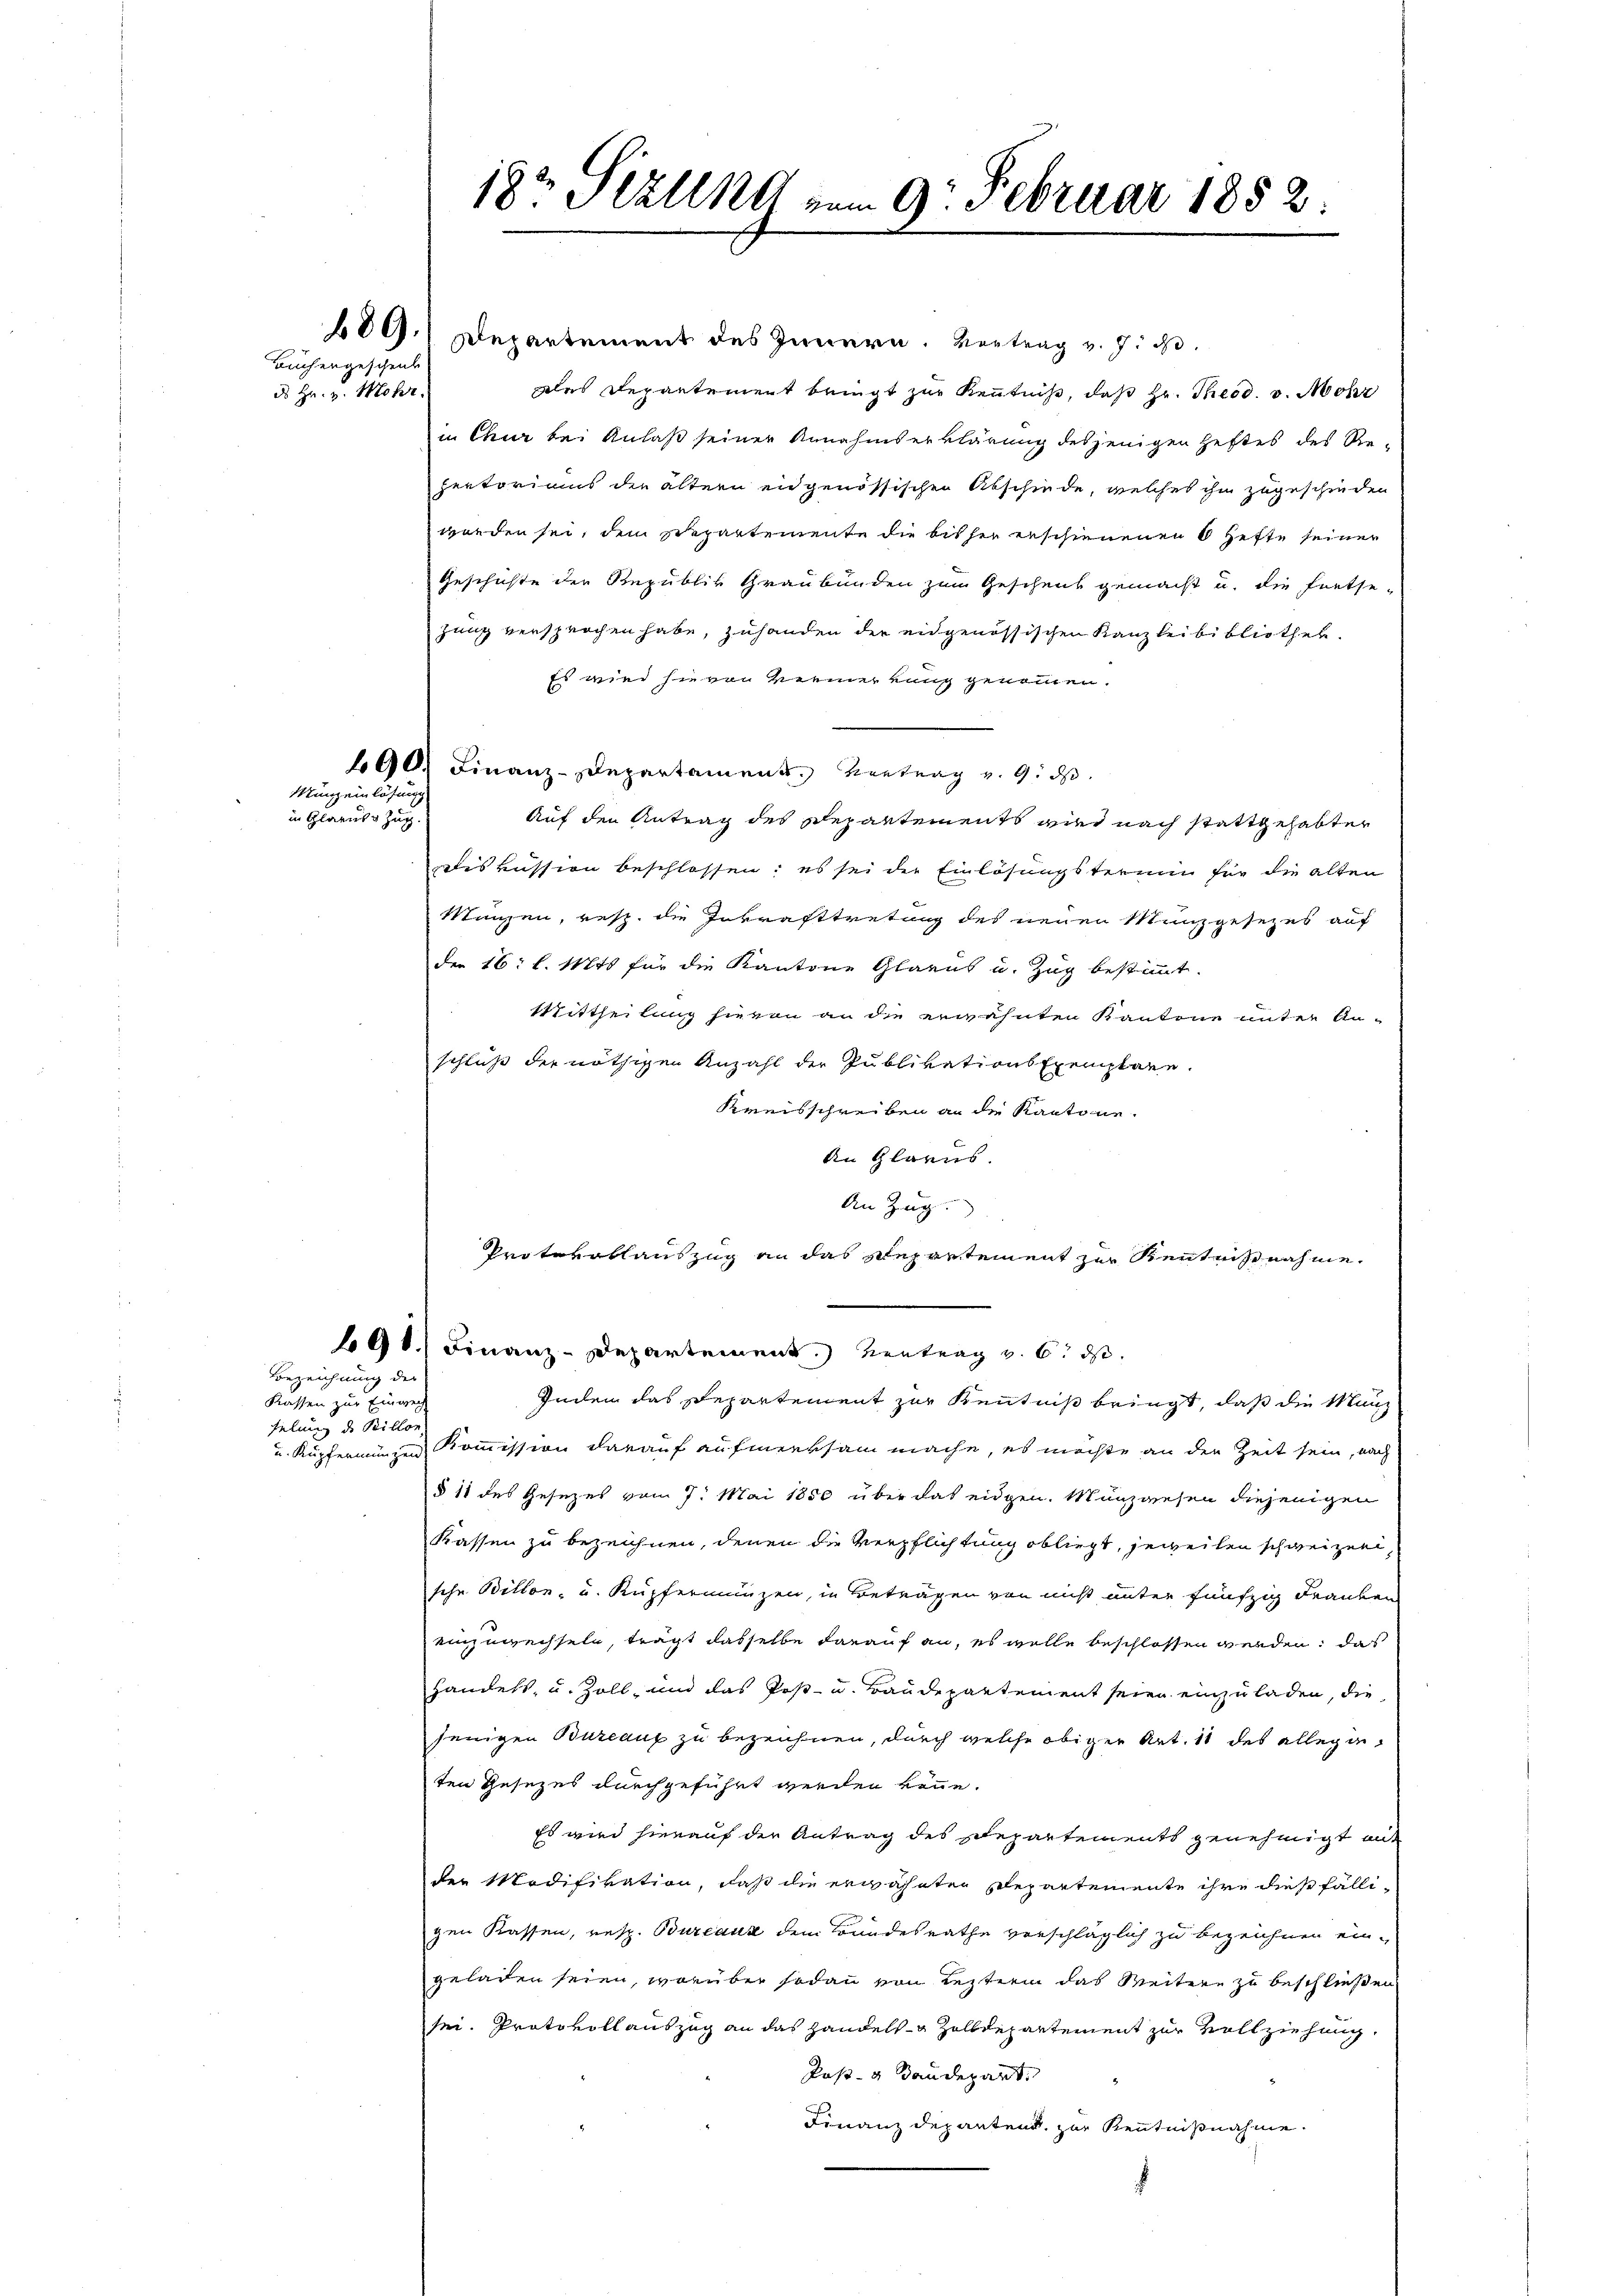
Büchergeschenk
d Hr. v. Mehr

Bezeichnung der
Kassen zur Einweg
felung des Billon

Münz einlösung
in Glarus Zug.

689. Departement des Innern. Vertrag v. J. J.
dles Departement bringt zur Kenntniß, daß Hr. Theod. v. Mohr
in Chur bei Anlaß seiner Annahmserklärung desjenigen Heftes des Rezertorians der ältern eidgenössischen Abschiede, welches ihm zugeschieden
worden sei, dem separtemente die bisher erschienenen 6 Hefte seiner
Geschichte der Republik Graubünden zum Geschenk gemacht u. die Fortse-
zung versprochen habe, zuhanden der eidgenössischen Kanzleibibliothek.
Es wird sie von Vermerkung genommen.
690. Finanz-Departament. Vortrag v. 9. ds.
Auf den Antrag des Departements wird nach stattgehabter
diskussion beschlossen; es sei der Einlösungstermin für die alten
Wangen, resp. die Inkrafttretung des neuen Münzgesezes auf
der 16: l. Mts für die Kantone Glarus u. Zug bestimmt.
Mittheilung hievon an die erwähnten Kantone unter An-
schluß der nöthigen Anzahl der Publikations Exemplare.
Kreisschreiben an die Kantone.
An Glarus.
An Zug
Protokollauszug an das Repartement zur Kenntnißnahme.
91.) Finanz-Departement.) Vertrag v. 6. ds.
Indem das Departement zur Kenntniß bringt, daß die Manz
u. Kupfernungen Kommission darauf aufmerksam mache, es möchte an der Zeit sein, nach
§ 11 des Gesezes vom 7. Mai 1850 über das eidgen. Münzwesen diejenigen
Kassen zu bezeichnen, denen die Verpflichtung obliegt, jeweilen schweizer,
sche Billon, und Kupfernungen, in Beträgen von nicht unter fünfzig Franken
einzuwechseln, trägt dasselbe darauf an, es wolle beschlossen werden, das
Handels, u. Zoll- und das Post- u. Baudepartement seien einzuladen, die
jenigen Bureauf zu bezeichnen, durch welche obiger Art. 11 des allegieten Gesezes durchgeführt werden könne.
Es wird hierauf der Antrag des Departements genehmigt mit
der Modifikation, daß die erwähnten Departemente ihre dießfälli-
gen Kassen, resp. Bureaux dem Bundesrathe verschläglich zu bezeichnen eingeladen seien, worüber sodann von Lezterin das Weitere zu beschließen
sei. Protokoll auszug an das Handels- & Zolldepartement zur Vollziehung
Post- u Baudepart.
Finanzdepantend, zur Kenntnißnahme.

182 Sizlln vom 9. Februar 1852.